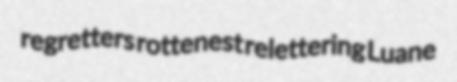
regretters rottenest relettering Luane